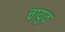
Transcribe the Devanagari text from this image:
चायुव